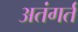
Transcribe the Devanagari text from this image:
अतंगर्त